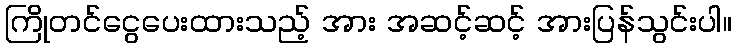
ကြိုတင်ငွေပေးထားသည့် အား အဆင့်ဆင့် အားပြန်သွင်းပါ။